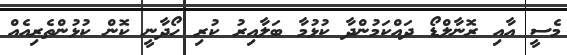
މެސީ އާއި ރޮނާލްޑޯ ދައްކަމުންދާ ކުޅުމާ ބަލާއިރު ކުރި ހޯދާނީ ކޮން ކުޅުންތެރިއެއް